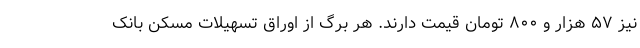
نیز ۵۷ هزار و ۸۰۰ تومان قیمت دارند. هر برگ از اوراق تسهیلات مسکن بانک